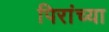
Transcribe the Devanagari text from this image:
पिरांच्या